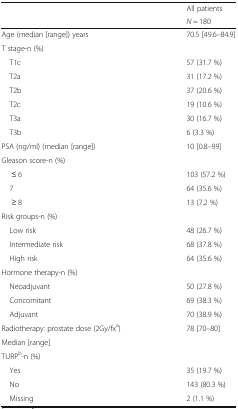
| <ROWSPAN=2>  | All patients |
 | N = 180 |
 | --- | --- |
 | Age (median [range]) years | 70.5 [49.6–84.9] |
 | <COLSPAN=2> T stage-n (%) |
 | T1c | 57 (31.7 %) |
 | T2a | 31 (17.2 %) |
 | T2b | 37 (20.6 %) |
 | T2c | 19 (10.6 %) |
 | T3a | 30 (16.7 %) |
 | T3b | 6 (3.3 %) |
 | PSA (ng/ml) (median [range]) | 10 [0.8–99] |
 | <COLSPAN=2> Gleason score-n (%) |
 | ≤ 6 | 103 (57.2 %) |
 | 7 | 64 (35.6 %) |
 | ≥ 8 | 13 (7.2 %) |
 | <COLSPAN=2> Risk groups-n (%) |
 | Low risk | 48 (26.7 %) |
 | Intermediate risk | 68 (37.8 %) |
 | High risk | 64 (35.6 %) |
 | <COLSPAN=2> Hormone therapy-n (%) |
 | Neoadjuvant | 50 (27.8 %) |
 | Concomitant | 69 (38.3 %) |
 | Adjuvant | 70 (38.9 %) |
 | Radiotherapy: prostate dose (2Gy/fxa) | <ROWSPAN=2> 78 [70–80] |
 | Median [range] |
 | <COLSPAN=2> TURPb-n (%) |
 | Yes | 35 (19.7 %) |
 | No | 143 (80.3 %) |
 | Missing | 2 (1.1 %) |